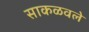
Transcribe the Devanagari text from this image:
साकळवले